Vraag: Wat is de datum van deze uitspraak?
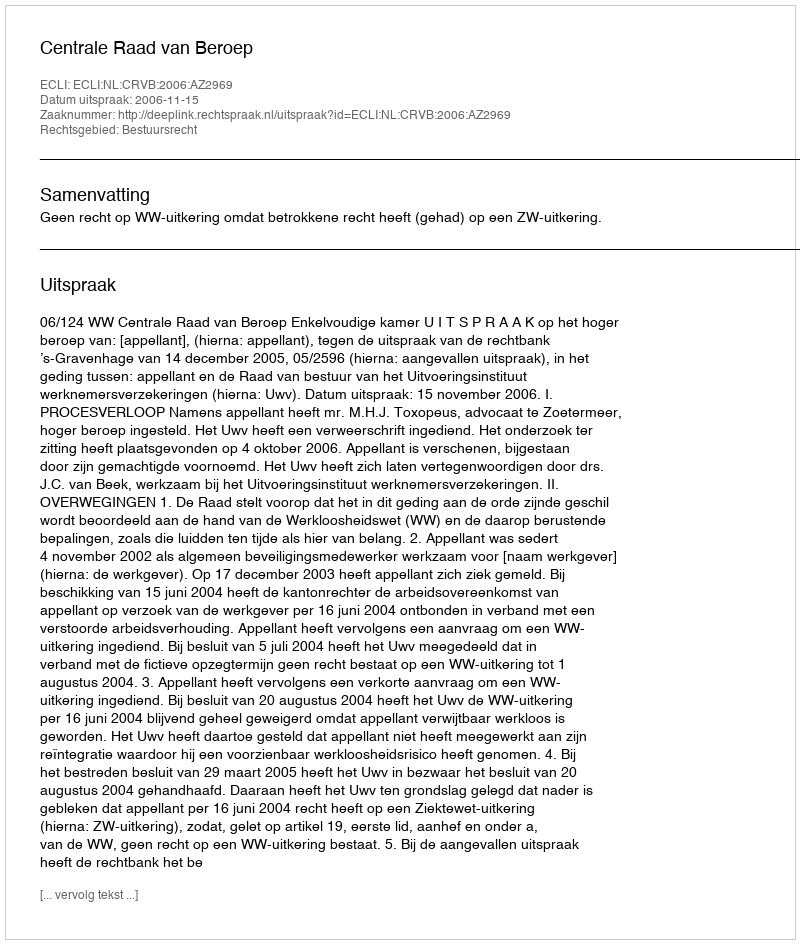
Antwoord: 2006-11-15